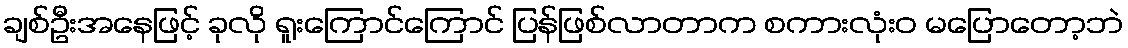
ချစ်ဦးအနေဖြင့် ခုလို ရူးကြောင်ကြောင် ပြန်ဖြစ်လာတာက စကားလုံးဝ မပြောတော့ဘဲ